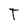
Character: T